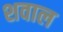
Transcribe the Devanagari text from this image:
शवाल